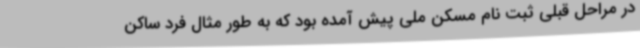
در مراحل قبلی ثبت نام مسکن ملی پیش آمده بود که به طور مثال فرد ساکن